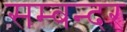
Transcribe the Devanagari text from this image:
सम्बन्दर